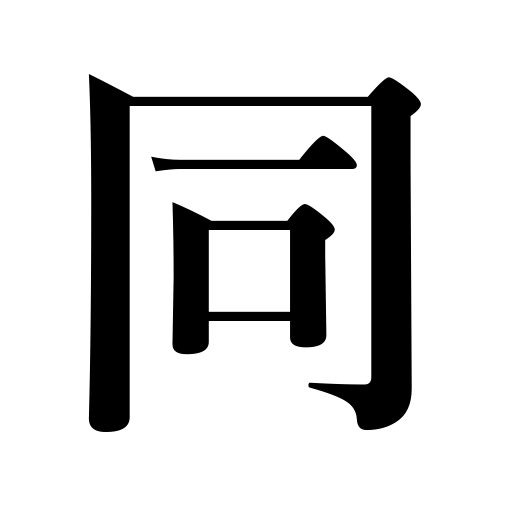
Meanings: equal,changeless,uniform,identical,equivalent,the said,similar,common origin,the same,same,ibid